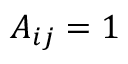
A _ { i j } = 1